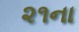
૨૧ના